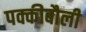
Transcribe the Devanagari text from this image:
पक्कीबौली